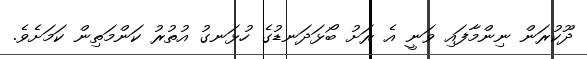
ދޫކުރަން ނިންމާފައި ވަނީ އެ ރަށު ބޯޅަދަނޑުގެ ހުޅަނގު އުތުރު ކަންމަތިން ކަމަށެވެ.